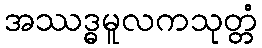
အဿဒ္ဓမူလကသုတ္တံ